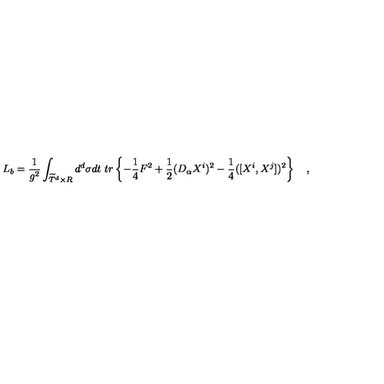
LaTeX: L _ { b } = { \frac { 1 } { g ^ { 2 } } } \int _ { \widetilde { T } ^ { d } \times R } d ^ { d } \sigma d t \ t r \left\{ - { \frac { 1 } { 4 } } F ^ { 2 } + { \frac { 1 } { 2 } } ( D _ { \alpha } X ^ { i } ) ^ { 2 } - { \frac { 1 } { 4 } } ( [ X ^ { i } , X ^ { j } ] ) ^ { 2 } \right\} \quad ,